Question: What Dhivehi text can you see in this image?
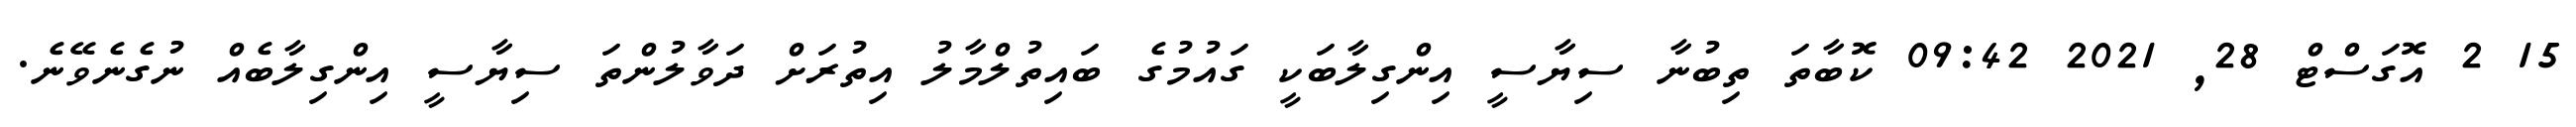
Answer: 15 2 އޮގަސްޓް 28, 2021 09:42 ކޮބާތަ ތިބުނާ ސިޔާސީ އިންގިލާބަކީ ގައުމުގެ ބައިތުލްމާލު އިތުރަށް ދަވާލުންތަ ސިޔާސީ އިންގިލާބެއް ނުގެނެވޭނެ.